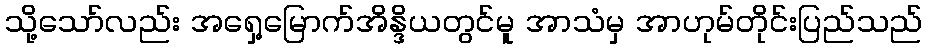
သို့သော်လည်း အရှေ့မြောက်အိန္ဒိယတွင်မူ အာသံမှ အာဟုမ်တိုင်းပြည်သည်